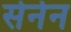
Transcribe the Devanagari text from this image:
सेर्नन